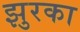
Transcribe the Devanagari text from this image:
झुरका